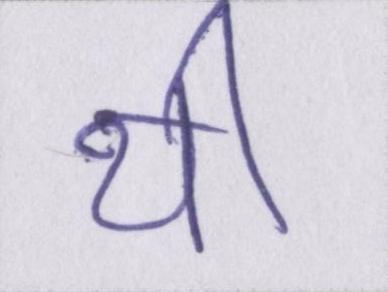
थी